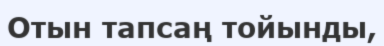
Отын тапсаң тойынды,